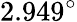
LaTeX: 2.949^{\circ}